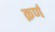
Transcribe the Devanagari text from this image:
क़र्ण